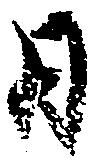
日